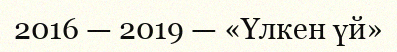
2016 — 2019 — «Үлкен үй»